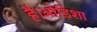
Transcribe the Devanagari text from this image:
है।ओडिशा